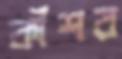
কাঁশর